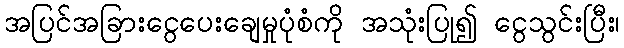
အပြင်အခြားငွေပေးချေမှုပုံစံကို အသုံးပြု၍ ငွေသွင်းပြီး၊